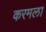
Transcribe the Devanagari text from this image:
करमला